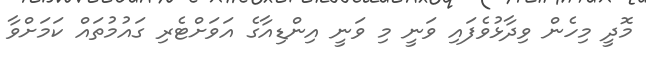
މޮދީ މިހެން ވިދާޅުވެފައި ވަނީ މި ވަނީ އިންޑިއާގެ އަވަށްޓެރި ގައުމުތައް ކަމަށްވާ